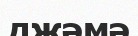
джәмә